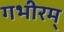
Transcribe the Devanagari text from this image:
गभीरम्